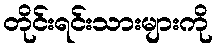
တိုင်းရင်းသားများကို